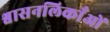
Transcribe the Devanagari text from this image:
श्वासनलिकाँओं